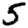
Digit: 5